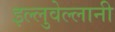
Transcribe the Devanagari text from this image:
इल्लुवेल्लानी